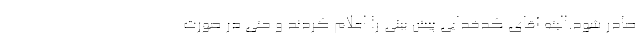
صادر شود.البته آقای کدخدایی پیش بینی را اعلام کردند و حتی در صورت